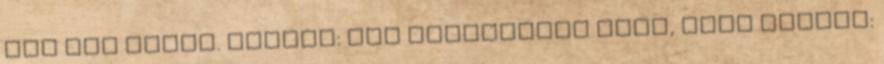
azt nem tudom. forrás: The Huffington Post, fotó jobbra: